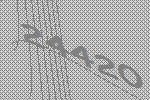
24420